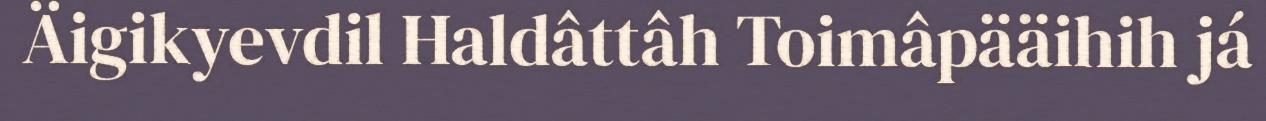
Äigikyevdil Haldâttâh Toimâpääihih já